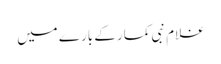
غلام نبی کمار کے بارے میں